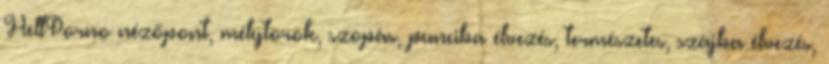
HellPorno nézőpont, mélytorok, szopás, punciba élvezés, természetes, szájba élvezés,